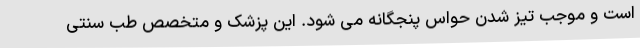
است و موجب تیز شدن حواس پنجگانه می شود. این پزشک و متخصص طب سنتی